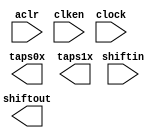
// This program was cloned from: https://github.com/cxdzyq1110/posture_recognition_CNN
// License: GNU General Public License v3.0

// megafunction wizard: %Shift register (RAM-based)%VBB%
// GENERATION: STANDARD
// VERSION: WM1.0
// MODULE: ALTSHIFT_TAPS 

// ============================================================
// Megafunction Name(s):
// 			ALTSHIFT_TAPS
//
// Simulation Library Files(s):
// 			altera_mf
// ============================================================
// ************************************************************
// THIS IS A WIZARD-GENERATED FILE. DO NOT EDIT THIS FILE!
//
// 14.0.0 Build 200 06/17/2014 SJ Full Version
// ************************************************************

//Copyright (C) 1991-2014 Altera Corporation. All rights reserved.
//Your use of Altera Corporation's design tools, logic functions 
//and other software and tools, and its AMPP partner logic 
//functions, and any output files from any of the foregoing 
//(including device programming or simulation files), and any 
//associated documentation or information are expressly subject 
//to the terms and conditions of the Altera Program License 
//Subscription Agreement, the Altera Quartus II License Agreement,
//the Altera MegaCore Function License Agreement, or other 
//applicable license agreement, including, without limitation, 
//that your use is for the sole purpose of programming logic 
//devices manufactured by Altera and sold by Altera or its 
//authorized distributors.  Please refer to the applicable 
//agreement for further details.

module line_buf_400pts_2lines (
	aclr,
	clken,
	clock,
	shiftin,
	shiftout,
	taps0x,
	taps1x);

	input	  aclr;
	input	  clken;
	input	  clock;
	input	[8:0]  shiftin;
	output	[8:0]  shiftout;
	output	[8:0]  taps0x;
	output	[8:0]  taps1x;
`ifndef ALTERA_RESERVED_QIS
// synopsys translate_off
`endif
	tri1	  aclr;
	tri1	  clken;
`ifndef ALTERA_RESERVED_QIS
// synopsys translate_on
`endif

endmodule

// ============================================================
// CNX file retrieval info
// ============================================================
// Retrieval info: PRIVATE: ACLR NUMERIC "1"
// Retrieval info: PRIVATE: CLKEN NUMERIC "1"
// Retrieval info: PRIVATE: GROUP_TAPS NUMERIC "1"
// Retrieval info: PRIVATE: INTENDED_DEVICE_FAMILY STRING "Cyclone V"
// Retrieval info: PRIVATE: NUMBER_OF_TAPS NUMERIC "2"
// Retrieval info: PRIVATE: RAM_BLOCK_TYPE NUMERIC "1"
// Retrieval info: PRIVATE: SYNTH_WRAPPER_GEN_POSTFIX STRING "0"
// Retrieval info: PRIVATE: TAP_DISTANCE NUMERIC "400"
// Retrieval info: PRIVATE: WIDTH NUMERIC "9"
// Retrieval info: LIBRARY: altera_mf altera_mf.altera_mf_components.all
// Retrieval info: CONSTANT: INTENDED_DEVICE_FAMILY STRING "Cyclone V"
// Retrieval info: CONSTANT: LPM_HINT STRING "RAM_BLOCK_TYPE=M10K"
// Retrieval info: CONSTANT: LPM_TYPE STRING "altshift_taps"
// Retrieval info: CONSTANT: NUMBER_OF_TAPS NUMERIC "2"
// Retrieval info: CONSTANT: TAP_DISTANCE NUMERIC "400"
// Retrieval info: CONSTANT: WIDTH NUMERIC "9"
// Retrieval info: USED_PORT: aclr 0 0 0 0 INPUT VCC "aclr"
// Retrieval info: USED_PORT: clken 0 0 0 0 INPUT VCC "clken"
// Retrieval info: USED_PORT: clock 0 0 0 0 INPUT NODEFVAL "clock"
// Retrieval info: USED_PORT: shiftin 0 0 9 0 INPUT NODEFVAL "shiftin[8..0]"
// Retrieval info: USED_PORT: shiftout 0 0 9 0 OUTPUT NODEFVAL "shiftout[8..0]"
// Retrieval info: USED_PORT: taps0x 0 0 9 0 OUTPUT NODEFVAL "taps0x[8..0]"
// Retrieval info: USED_PORT: taps1x 0 0 9 0 OUTPUT NODEFVAL "taps1x[8..0]"
// Retrieval info: CONNECT: @aclr 0 0 0 0 aclr 0 0 0 0
// Retrieval info: CONNECT: @clken 0 0 0 0 clken 0 0 0 0
// Retrieval info: CONNECT: @clock 0 0 0 0 clock 0 0 0 0
// Retrieval info: CONNECT: @shiftin 0 0 9 0 shiftin 0 0 9 0
// Retrieval info: CONNECT: shiftout 0 0 9 0 @shiftout 0 0 9 0
// Retrieval info: CONNECT: taps0x 0 0 9 0 @taps 0 0 9 0
// Retrieval info: CONNECT: taps1x 0 0 9 0 @taps 0 0 9 9
// Retrieval info: GEN_FILE: TYPE_NORMAL line_buf_400pts_2lines.v TRUE
// Retrieval info: GEN_FILE: TYPE_NORMAL line_buf_400pts_2lines.inc FALSE
// Retrieval info: GEN_FILE: TYPE_NORMAL line_buf_400pts_2lines.cmp FALSE
// Retrieval info: GEN_FILE: TYPE_NORMAL line_buf_400pts_2lines.bsf FALSE
// Retrieval info: GEN_FILE: TYPE_NORMAL line_buf_400pts_2lines_inst.v FALSE
// Retrieval info: GEN_FILE: TYPE_NORMAL line_buf_400pts_2lines_bb.v TRUE
// Retrieval info: LIB_FILE: altera_mf